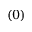
( 0 )